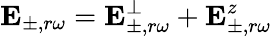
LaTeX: \mathbf{E}_{\pm,r\omega}=\mathbf{E}_{\pm,r\omega}^{\perp}+\mathbf{E}_{\pm,r\omega}^{z}